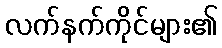
လက်နက်ကိုင်များ၏